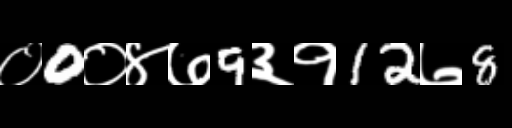
Text: ०0०४७9३१12७8